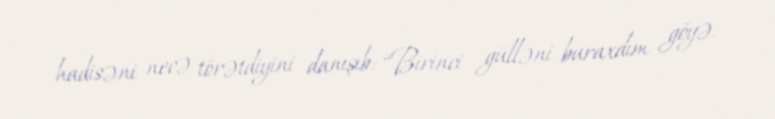
hadisəni necə törətdiyini danışıb: “Birinci gülləni buraxdım göyə.